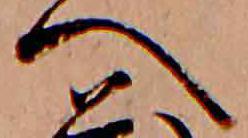
へ